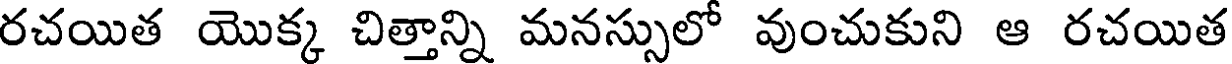
రచయిత యొక్క చిత్తాన్ని మనస్సులో వుంచుకుని ఆ రచయిత